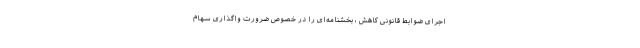
اجرای ضوابط قانونی کاهش ، بخشنامه‌ای را در خصوص ضرورت واگذاری سهام